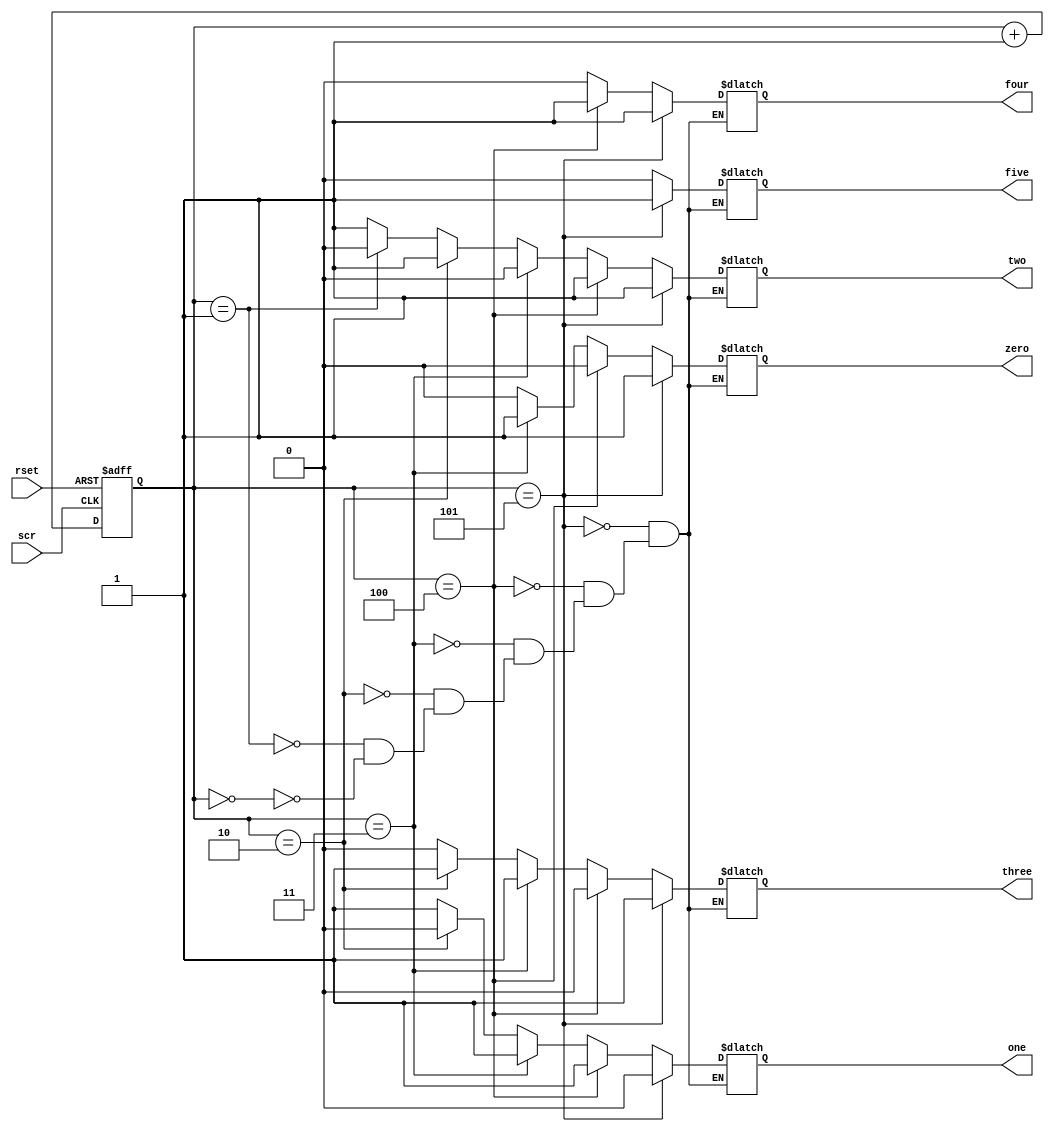
module scorecounter (rset,scr,zero,one,two,three,four,five);
input rset,scr;
output reg zero,one,two,three,four,five;
reg [2:0]score;
always @ (posedge rset or posedge scr) 
begin
if(rset) score<=0;
else score <= score + 1;
end
//always @ (posedge scr) score<=score+1;
always @ (score)begin
if (score==0) {zero,one,two,three,four,five}<=111000;
if (score==1) {zero,one,two,three,four,five}<=010000;
if (score==2) {zero,one,two,three,four,five}<=001100;
if (score==3) {zero,one,two,three,four,five}<=010100;
if (score==4) {zero,one,two,three,four,five}<=010010;
if (score==5) {zero,one,two,three,four,five}<=000111;
end endmodule